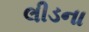
લીડના